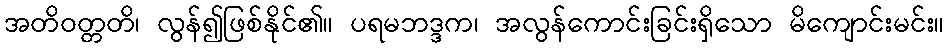
အတိဝတ္တတိ၊ လွန်၍ဖြစ်နိုင်၏။ ပရမဘဒ္ဒက၊ အလွန်ကောင်းခြင်းရှိသော မိကျောင်းမင်း။